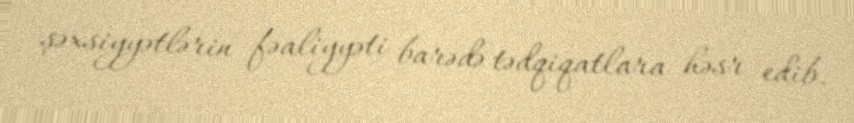
şəxsiyyətlərin fəaliyyəti barədə tədqiqatlara həsr edib.